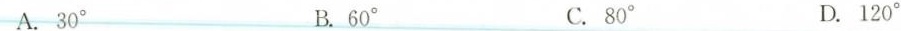
A.30^{\circ} B.60^{\circ} C.80^{\circ} D.120^{\circ}